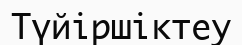
Түйіршіктеу